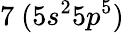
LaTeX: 7~(5s^{2}5p^{5})